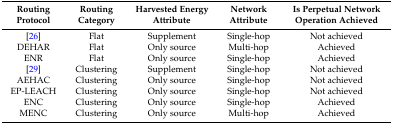
<table><thead><tr><td><b>Routing Protocol</b></td><td><b>Routing Category</b></td><td><b>Harvested Energy Attribute</b></td><td><b>Network Attribute</b></td><td><b>Is Perpetual Network Operation Achieved</b></td></tr></thead><tbody><tr><td>[26]</td><td>Flat</td><td>Supplement</td><td>Single-hop</td><td>Not achieved</td></tr><tr><td>DEHAR</td><td>Flat</td><td>Only source</td><td>Multi-hop</td><td>Achieved</td></tr><tr><td>ENR</td><td>Flat</td><td>Only source</td><td>Single-hop</td><td>Achieved</td></tr><tr><td>[29]</td><td>Clustering</td><td>Supplement</td><td>Single-hop</td><td>Not achieved</td></tr><tr><td>AEHAC</td><td>Clustering</td><td>Only source</td><td>Single-hop</td><td>Not achieved</td></tr><tr><td>EP-LEACH</td><td>Clustering</td><td>Only source</td><td>Single-hop</td><td>Not achieved</td></tr><tr><td>ENC</td><td>Clustering</td><td>Only source</td><td>Single-hop</td><td>Achieved</td></tr><tr><td>MENC</td><td>Clustering</td><td>Only source</td><td>Multi-hop</td><td>Achieved</td></tr></tbody></table>